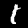
Digit: 1